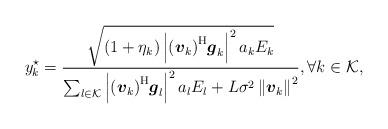
LaTeX: \begin{align*}y_k^{\star}=\frac{\sqrt{\left(1+\eta_k\right)\left|\left(\boldsymbol{v}_{k}\right)^{\mathrm{H}}\!\boldsymbol{g}_{k}\right|^{2} a_{k}{E}_{k}}}{\sum_{l \in\mathcal{K}}\left|\left(\boldsymbol{v}_{k}\right)^{\mathrm{H}}\!\boldsymbol{g}_{l}\right|^{2} a_{l} {E}_{l} + L\sigma^2\left\|\boldsymbol{v}_k\right\|^2}, \forall k \in \mathcal{K},\end{align*}